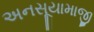
અનસૂયામાજી